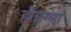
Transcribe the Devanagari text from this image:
होन्नम्मा